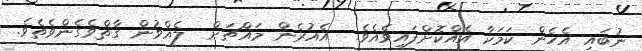
ނުބައި އެހެން ކަމަކާ އެއްކޮށްފައިވެއެވެ.  އެއުރެން މައްޗަށް  ލެއްވުން ގާތްވެގެންވެތެވެ.